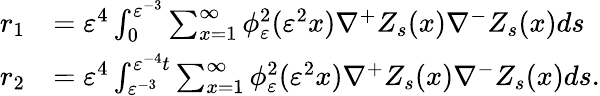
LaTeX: \begin{array}{rl}{r_{1}}&{=\varepsilon^{4}\int_{0}^{\varepsilon^{-3}}\sum_{x=1}^{\infty}\phi_{\varepsilon}^{2}(\varepsilon^{2}x)\nabla^{+}Z_{s}(x)\nabla^{-}Z_{s}(x)ds}\\ {r_{2}}&{=\varepsilon^{4}\int_{\varepsilon^{-3}}^{\varepsilon^{-4}t}\sum_{x=1}^{\infty}\phi_{\varepsilon}^{2}(\varepsilon^{2}x)\nabla^{+}Z_{s}(x)\nabla^{-}Z_{s}(x)ds.}\end{array}